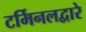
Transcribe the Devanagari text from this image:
टर्मिनलद्वारे